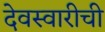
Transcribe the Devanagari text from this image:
देवस्वारीची